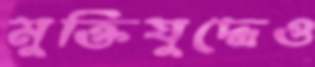
মুক্তিযুদ্ধেও